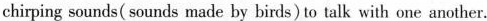
chirping sounds( sounds made by birds) to talk with one another.